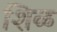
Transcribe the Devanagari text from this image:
शिळ